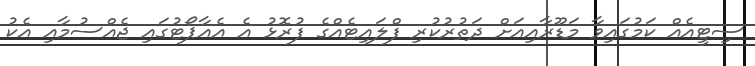
ސިޓީއެއް ކަމުގައިވާ މަޑޫރާއިއަށް ދަތުރުކުރި ފްލައިޓެއްގެ ފުރޮޅު އެ އެއާޕޯޓުގައި ޖެއްސުމާއި އެކު